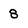
Character: 8